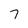
Character: 7